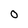
Character: 0